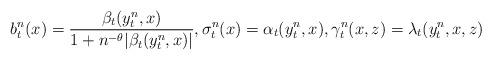
LaTeX: \begin{align*} b^n_t(x)=\frac{\beta_t(y^n_t, x)}{1+n^{-\theta}|\beta_t(y^n_t, x)|}, \sigma_t^n(x)=\alpha_t(y^n_t, x), \gamma_t^n(x,z)=\lambda_t(y_t^n, x,z)\end{align*}